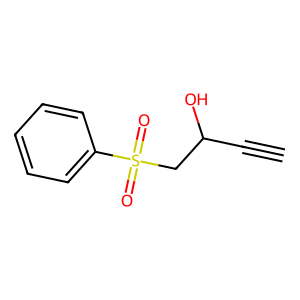
SMILES: C#CC(O)CS(=O)(=O)c1ccccc1
Inhibits HIV replication: No